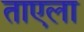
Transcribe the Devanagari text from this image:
ताएला